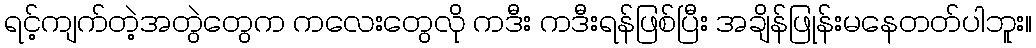
ရင့်ကျက်တဲ့အတွဲတွေက ကလေးတွေလို ကဒီး ကဒီးရန်ဖြစ်ပြီး အချိန်ဖြုန်းမနေတတ်ပါဘူး။